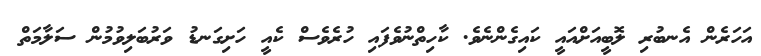
އަހަރެން އެނބުރި ލޮބީއަށްއައީ ކައިގެންނެވެ. ކާހިތްނުވެފައި ހުރެވެސް ކެއީ ހަށިގަނޑު ވަރުބަލިވުމުން ސަލާމަތް